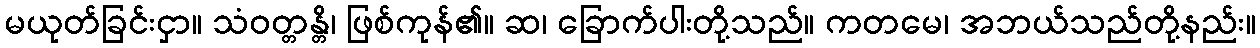
မယုတ်ခြင်းငှာ။ သံဝတ္တန္တိ၊ ဖြစ်ကုန်၏။ ဆ၊ ခြောက်ပါးတို့သည်။ ကတမေ၊ အဘယ်သည်တို့နည်း။